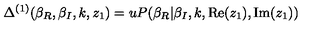
\Delta ^ { ( 1 ) } ( \beta _ { R } , \beta _ { I } , k , z _ { 1 } ) = u P ( \beta _ { R } | \beta _ { I } , k , \mathrm { R e } ( z _ { 1 } ) , \mathrm { I m } ( z _ { 1 } ) )